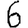
Digit: 6